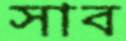
সাব